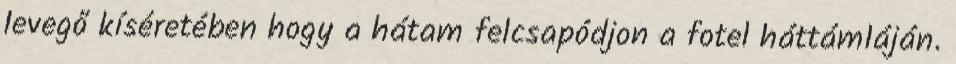
levegő kíséretében hogy a hátam felcsapódjon a fotel háttámláján.